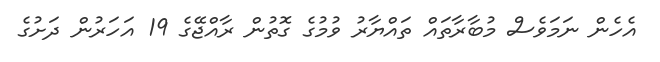
އެހެން ނަމަވެސް މުބާރާތައް ތައްޔާރު ވުމުގެ ގޮތުން ރާއްޖޭގެ 19 އަހަރުން ދަށުގެ